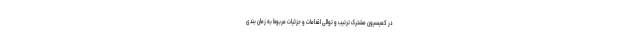
در کمیسیون مشترک ترتیب و توالی اقدامات و جزئیات مربوط به زمان بندی